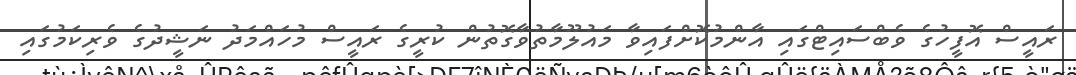
ރައީސް އޮފީހުގެ ވެބްސައިޓްގައި އާންމުކޮށްފައިވާ މައުލޫމާތުވާގޮތުން ކުރީގެ ރައީސް މުހައްމަދު ނަޝީދުގެ ވެރިކަމުގައި